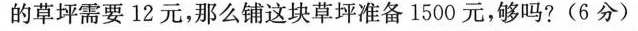
的草坪需要12元，那么铺这块草坪准备1500元，够吗? (6分)